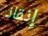
إنقاذ